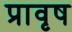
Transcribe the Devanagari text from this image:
प्रावृष